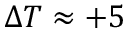
\Delta T \approx + 5